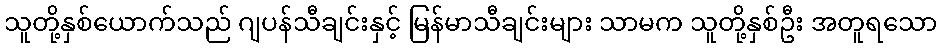
သူတို့နှစ်ယောက်သည် ဂျပန်သီချင်းနှင့် မြန်မာသီချင်းများ သာမက သူတို့နှစ်ဦး အတူရသော